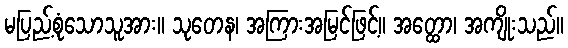
မပြည့်စုံသောသူအား။ သုတေန၊ အကြားအမြင်ဖြင့်။ အတ္ထော၊ အကျိုးသည်။